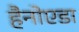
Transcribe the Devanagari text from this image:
हैनोएडा